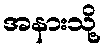
အနားသို့